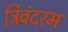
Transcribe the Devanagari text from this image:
त्रिवंदरम